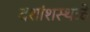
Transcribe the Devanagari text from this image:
दशांशस्थळे